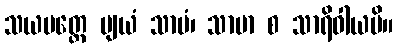
သယမတ္ထေ ဗျယံ သာမံ၊ သာမာ စ သာရိဝါယပိ။